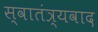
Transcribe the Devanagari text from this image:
स्वातंत्र्यवाद